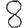
Digit: 8